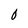
Character: 0